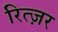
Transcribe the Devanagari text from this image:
रित्ज़र